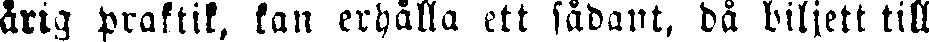
årig praktik, kan erhålla ett sådant, då biljett till